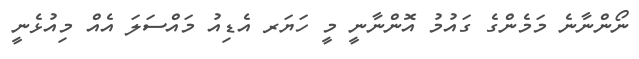
ނޯންނާނެ މަމެންގެ ގައުމު އޮންނާނީ މީ ހަޔަރ އެޑިއު މައްސަލަ އެއް މިއުޅެނީ